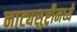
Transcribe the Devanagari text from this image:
नाट्यसुष्ट्रीमध्ये